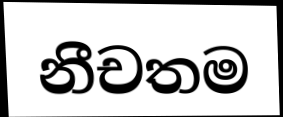
නීචතම